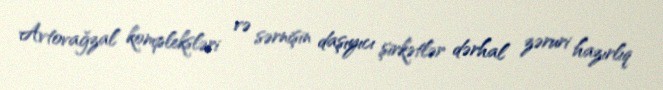
Avtovağzal kompleksləri və sərnişin daşıyıcı şirkətlər dərhal zəruri hazırlıq